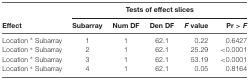
|  | <COLSPAN=5> Tests of effect slices |
 | Effect | Subarray | Num DF | Den DF | F value | Pr > F |
 | --- | --- | --- | --- | --- | --- |
 | Location * Subarray | 1 | 1 | 62.1 | 0.22 | 0.6427 |
 | Location * Subarray | 2 | 1 | 62.1 | 25.29 | <0.0001 |
 | Location * Subarray | 3 | 1 | 62.1 | 53.19 | <0.0001 |
 | Location * Subarray | 4 | 1 | 62.1 | 0.05 | 0.8164 |